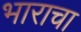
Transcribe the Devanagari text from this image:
भाराचा